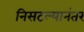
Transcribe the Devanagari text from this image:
निसटल्यानंतर